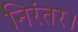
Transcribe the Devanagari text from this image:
निरंतर।